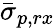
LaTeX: \bar{\sigma}_{p,rx}